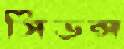
সিডন্স